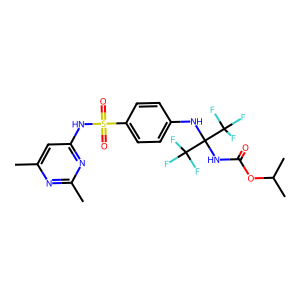
SMILES: Cc1cc(NS(=O)(=O)c2ccc(NC(NC(=O)OC(C)C)(C(F)(F)F)C(F)(F)F)cc2)nc(C)n1
Inhibits HIV replication: No